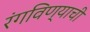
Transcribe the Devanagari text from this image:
रंगविण्याची